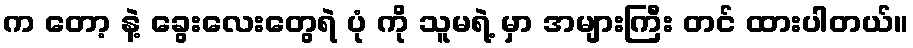
က တော့ နဲ့ ခွေးလေးတွေရဲ ပုံ ကို သူမရဲ့ မှာ အများကြီး တင် ထားပါတယ်။